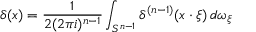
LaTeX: \delta ( x ) = { \frac { 1 } { 2 ( 2 \pi i ) ^ { n - 1 } } } \int _ { S ^ { n - 1 } } \delta ^ { ( n - 1 ) } ( x \cdot \xi ) \, d \omega _ { \xi }